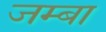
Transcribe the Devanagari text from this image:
जम्बा